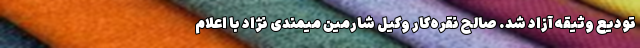
تودیع وثیقه آزاد شد. صالح نقره‌کار وکیل شارمین میمندی نژاد با اعلام